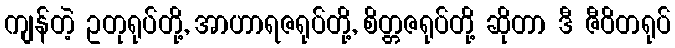
ကျန်တဲ့ ဥတုရုပ်တို့, အာဟာရဇရုပ်တို့, စိတ္တဇရုပ်တို့ ဆိုတာ ဒီ ဇီဝိတရုပ်